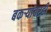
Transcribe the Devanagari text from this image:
बकऱ्यांवरही